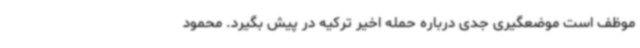
موظف است موضعگیری جدی درباره حمله اخیر ترکیه در پیش بگیرد. محمود